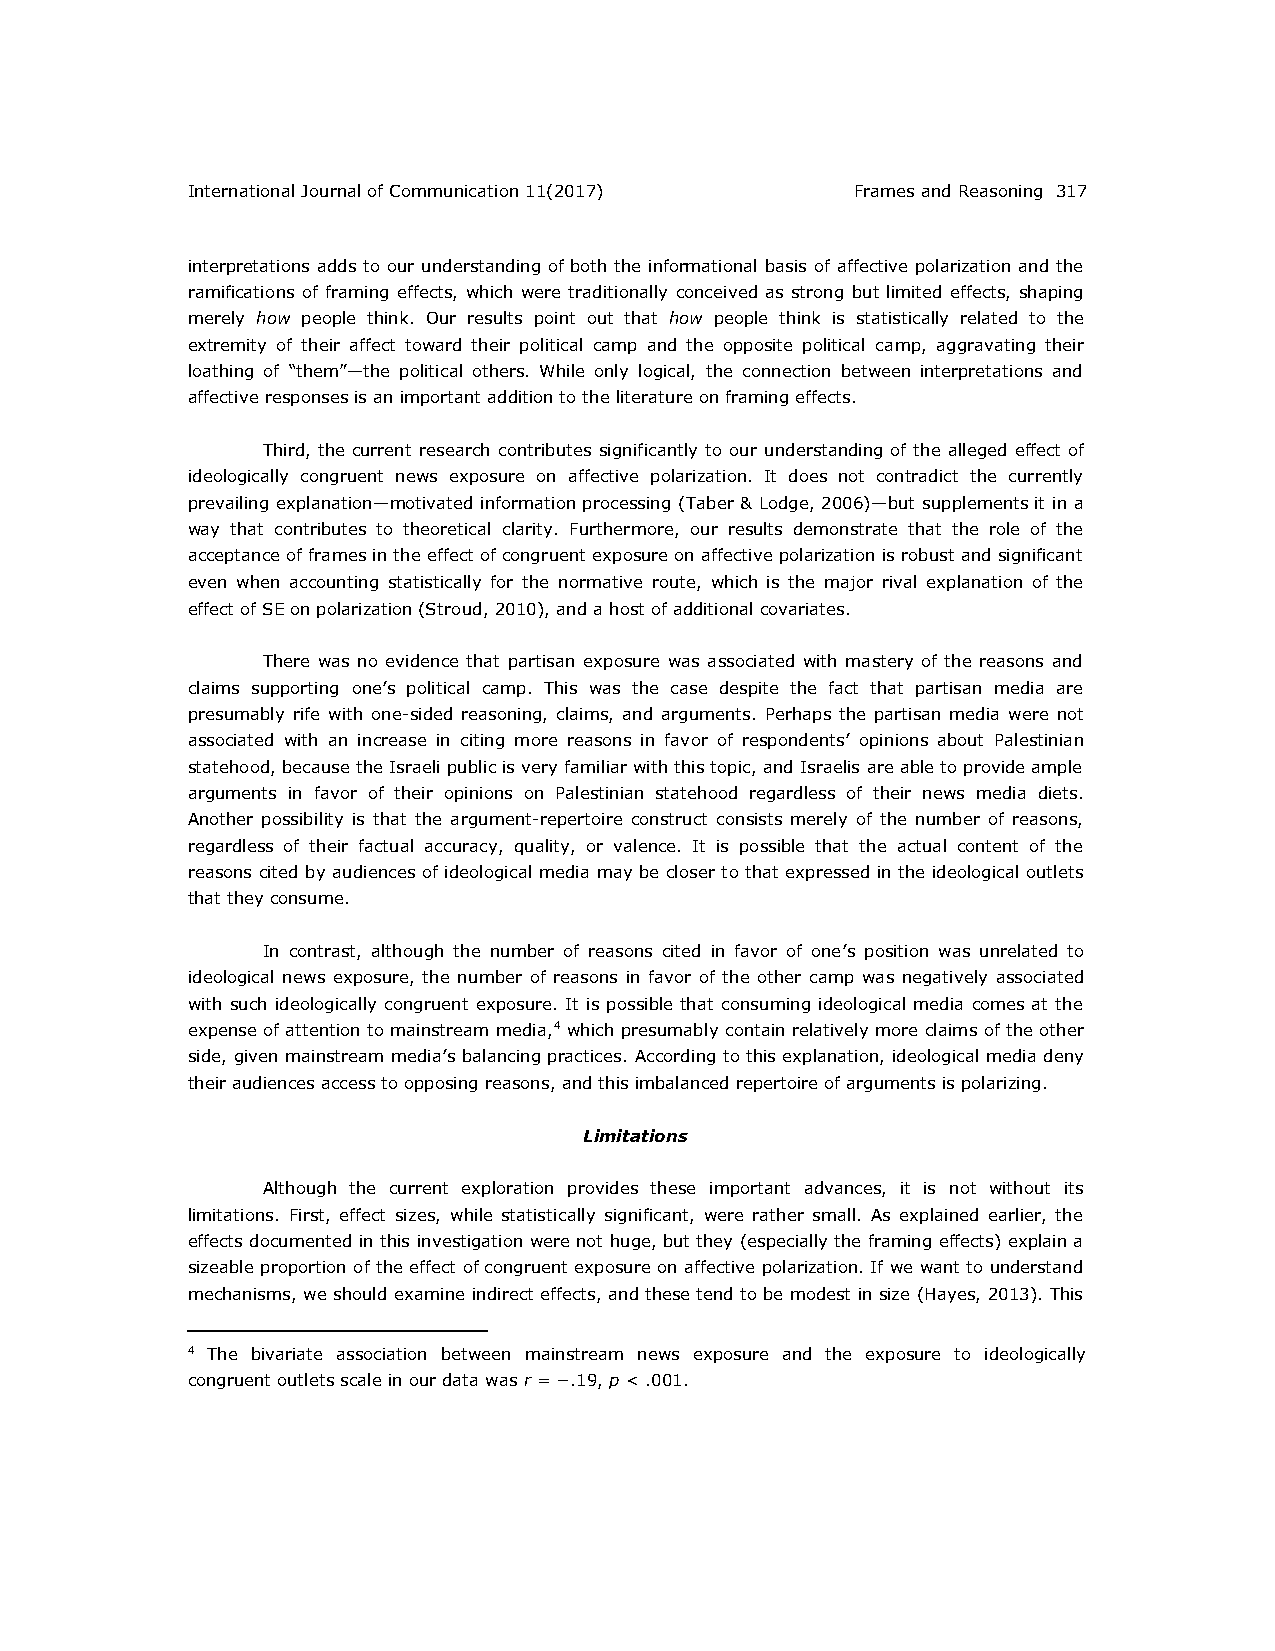
International Journal of Communication 11(2017) Frames and Reasoning 317
 interpretations adds to our understanding of both the informational basis of affective polarization and the
 ramifications of framing effects, which were traditionally conceived as strong but limited effects, shaping
 merely how people think. Our results point out that how people think is statistically related to the
 extremity of their affect toward their political camp and the opposite political camp, aggravating their
 loathing of “them”—the political others. While only logical, the connection between interpretations and
 affective responses is an important addition to the literature on framing effects.
 Third, the current research contributes significantly to our understanding of the alleged effect of
 ideologically congruent news exposure on affective polarization. It does not contradict the currently
 prevailing explanation—motivated information processing (Taber & Lodge, 2006)—but supplements it in a
 way that contributes to theoretical clarity. Furthermore, our results demonstrate that the role of the
 acceptance of frames in the effect of congruent exposure on affective polarization is robust and significant
 even when accounting statistically for the normative route, which is the major rival explanation of the
 effect of SE on polarization (Stroud, 2010), and a host of additional covariates.
 There was no evidence that partisan exposure was associated with mastery of the reasons and
 claims supporting one’s political camp. This was the case despite the fact that partisan media are
 presumably rife with one-sided reasoning, claims, and arguments. Perhaps the partisan media were not
 associated with an increase in citing more reasons in favor of respondents’ opinions about Palestinian
 statehood, because the Israeli public is very familiar with this topic, and Israelis are able to provide ample
 arguments in favor of their opinions on Palestinian statehood regardless of their news media diets.
 Another possibility is that the argument-repertoire construct consists merely of the number of reasons,
 regardless of their factual accuracy, quality, or valence. It is possible that the actual content of the
 reasons cited by audiences of ideological media may be closer to that expressed in the ideological outlets
 that they consume.
 In contrast, although the number of reasons cited in favor of one’s position was unrelated to
 ideological news exposure, the number of reasons in favor of the other camp was negatively associated
 with such ideologically congruent exposure. It is possible that consuming ideological media comes at the
 expense of attention to mainstream media,4 which presumably contain relatively more claims of the other
 side, given mainstream media’s balancing practices. According to this explanation, ideological media deny
 their audiences access to opposing reasons, and this imbalanced repertoire of arguments is polarizing.
 Limitations
 Although the current exploration provides these important advances, it is not without its
 limitations. First, effect sizes, while statistically significant, were rather small. As explained earlier, the
 effects documented in this investigation were not huge, but they (especially the framing effects) explain a
 sizeable proportion of the effect of congruent exposure on affective polarization. If we want to understand
 mechanisms, we should examine indirect effects, and these tend to be modest in size (Hayes, 2013). This
 4 The bivariate association between mainstream news exposure and the exposure to ideologically
 congruent outlets scale in our data was r = −.19, p < .001.